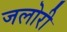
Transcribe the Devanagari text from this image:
जलोरी